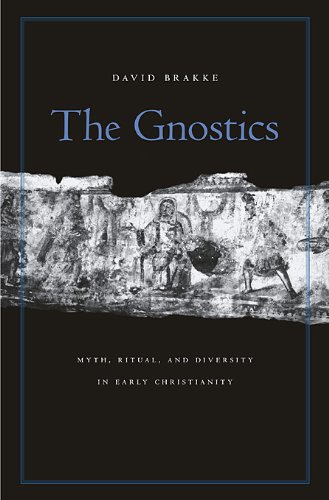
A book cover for The Gnostics: Myth, Ritual, and Diversity in Early Christianity; David Brakke; Christian Books & Bibles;